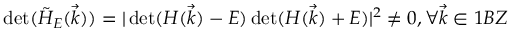
\operatorname* { d e t } ( \tilde { H } _ { E } ( \vec { k } ) ) = | \operatorname* { d e t } ( H ( \vec { k } ) - E ) \operatorname* { d e t } ( H ( \vec { k } ) + E ) | ^ { 2 } \neq 0 , \forall \vec { k } \in 1 B Z